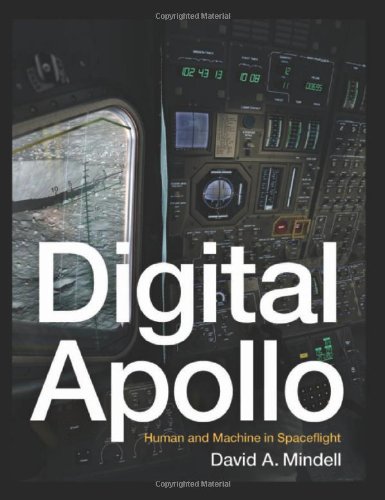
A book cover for Digital Apollo: Human and Machine in Spaceflight; David A. Mindell; Computers & Technology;